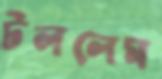
টললেম